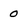
Character: 0